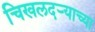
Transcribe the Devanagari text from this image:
चिखलदर्‍याच्या